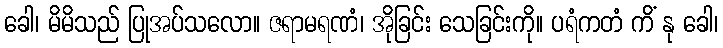
ခေါ၊ မိမိသည် ပြုအပ်သလော။ ဇရာမရဏံ၊ အိုခြင်း သေခြင်းကို။ ပရံကတံ ကိံ နု ခေါ၊